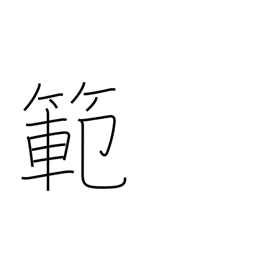
Meaning: model